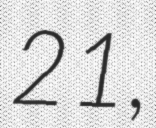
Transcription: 21,